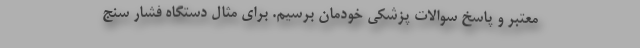
معتبر و پاسخ سوالات پزشکی خودمان برسیم. برای مثال دستگاه فشار سنج